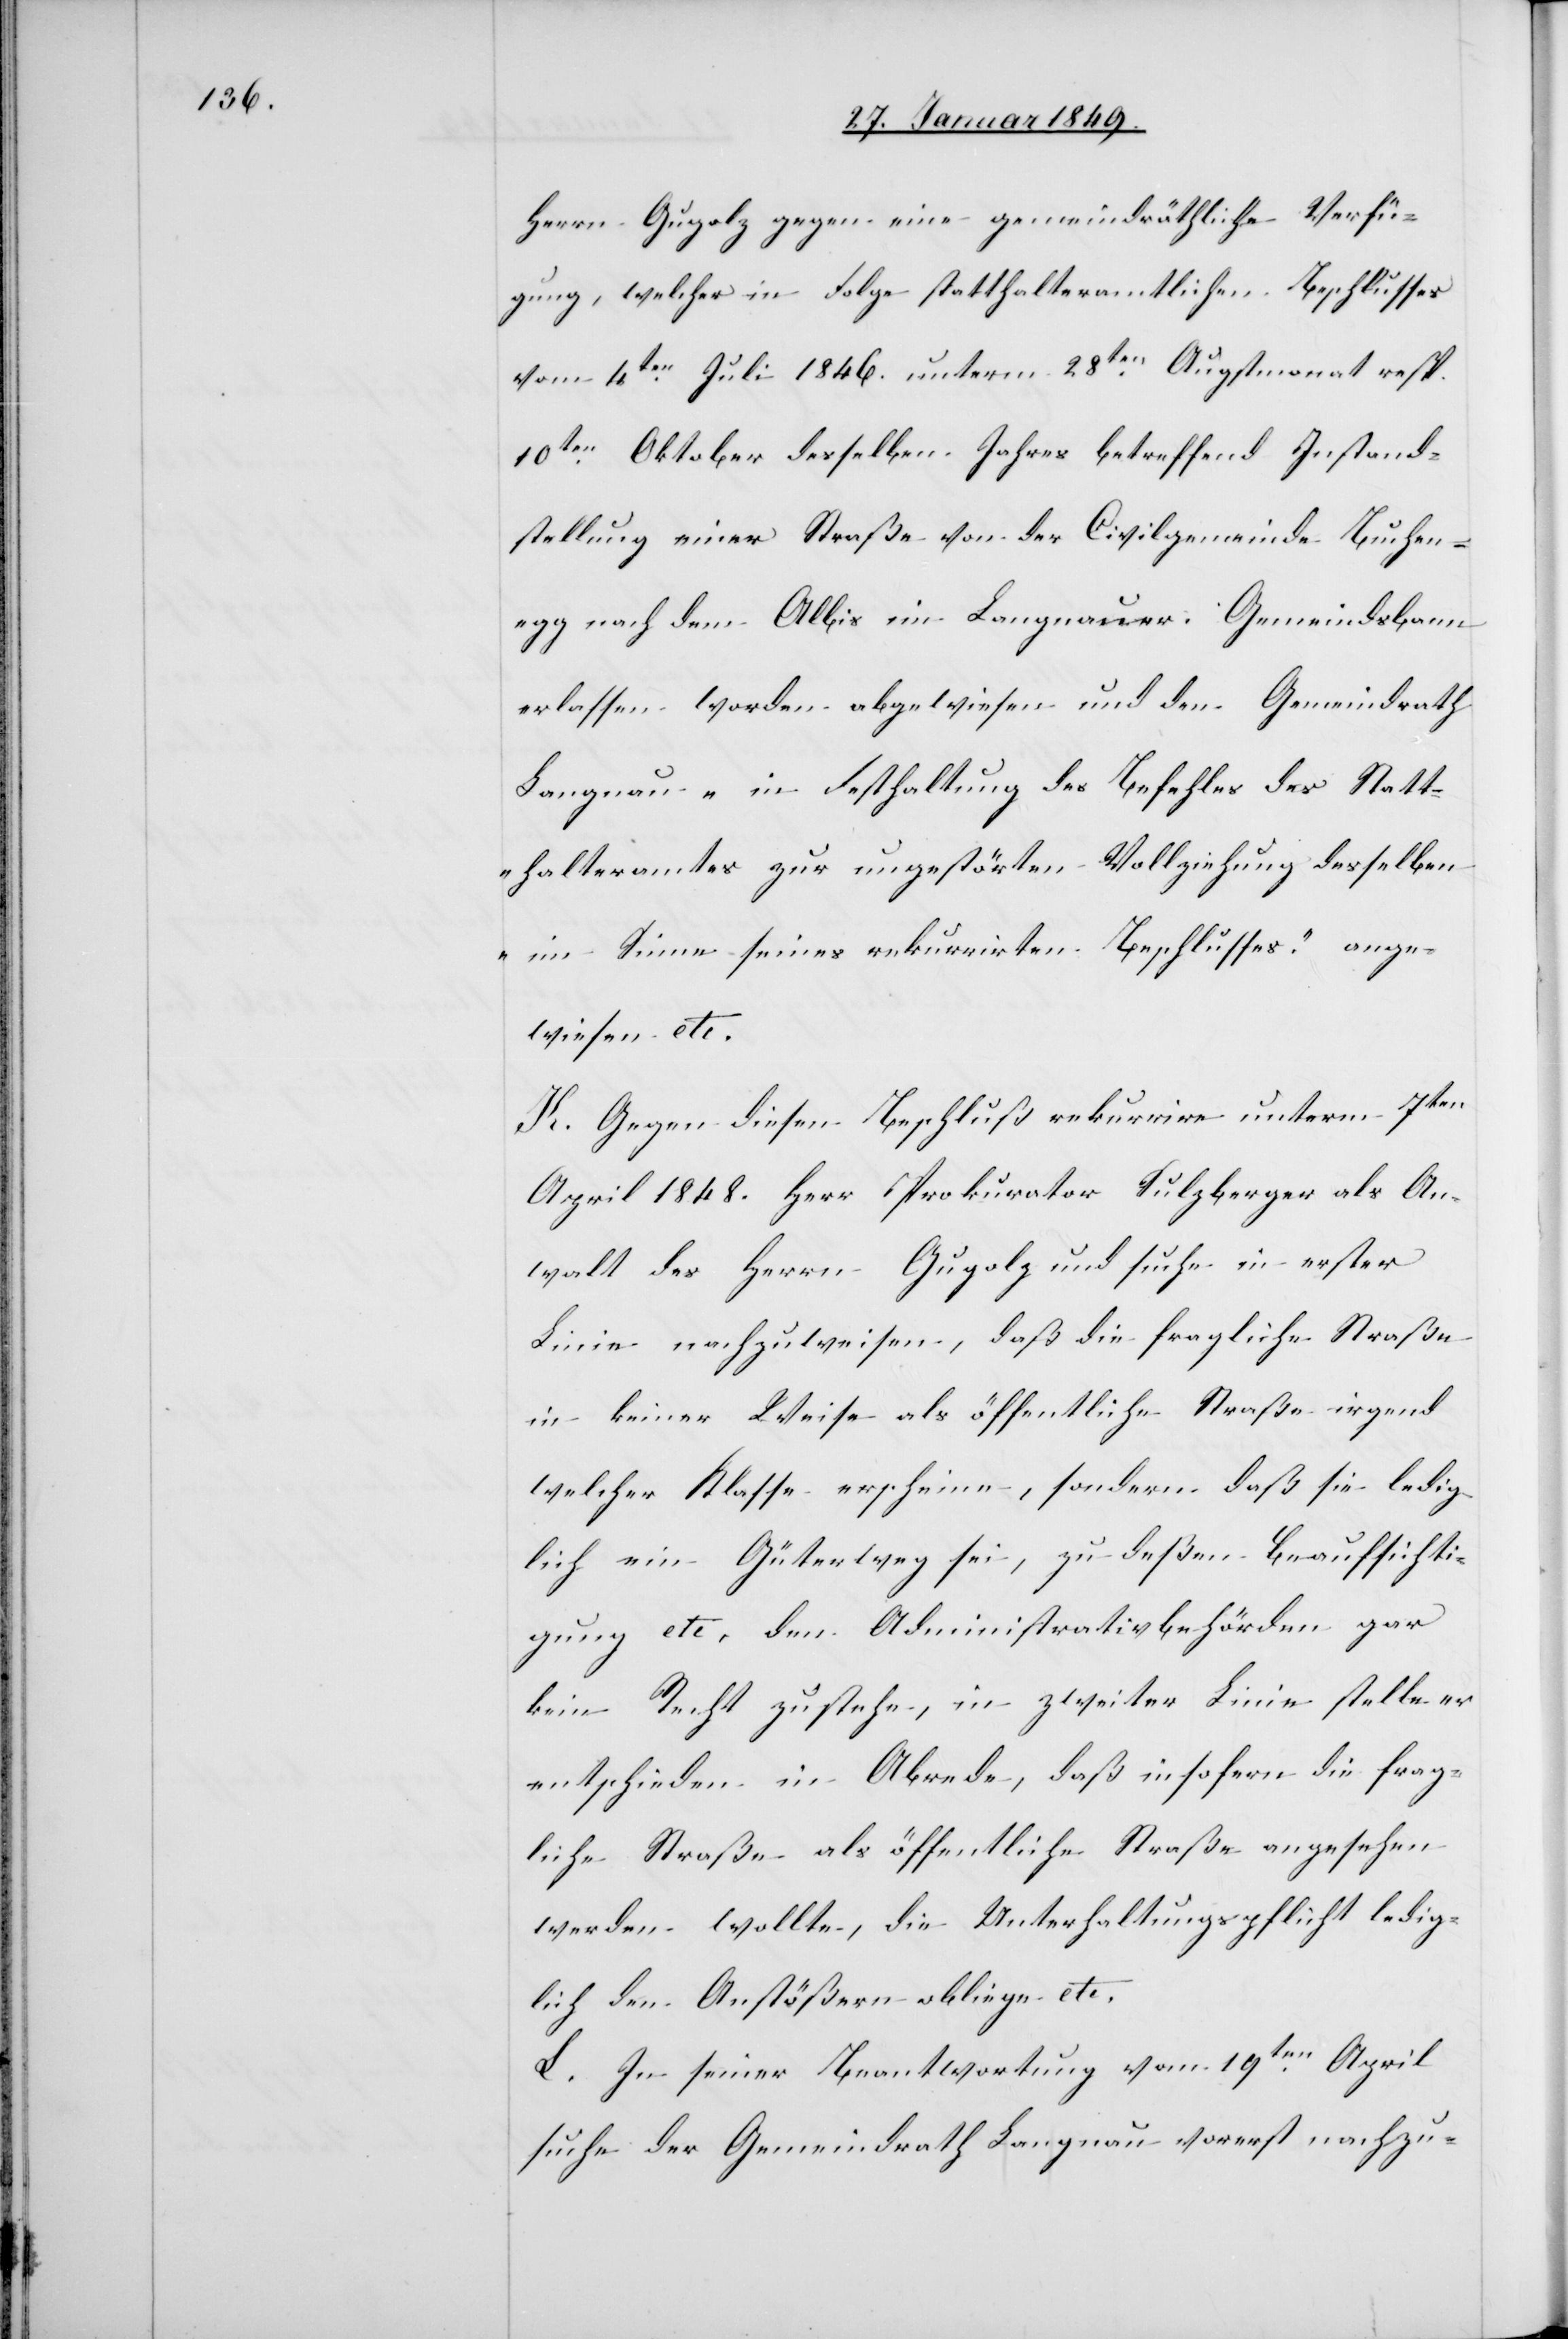
Herrn Gugolz gegen eine gemeindräthliche Verfü¬
gung, welcher in Folge statthalteramtlichen Beschlusses
vom 4ten. Juli 1846. unterm 28ten. Augstmonat resp.
10ten. Oktober desselben Jahres betreffend Instand¬
stellung einer Straße von der Civilgemeinde Buchen¬
egg nach dem Albis im Langnauer. Gemeindsbann
erlassen worden abgewiesen und den Gemeindrath
Langnau „in Festhaltung des Befehles des Statt¬
halteramtes zur ungestörten Vollziehung desselben
im Sinne seines rekurrirten Beschlusses.“ ange¬
wiesen etc.
K. Gegen diesen Beschluß rekurrire unterm 7ten.
April 1848. Herr Prokurator Sulzberger als An¬
walt des Herrn Gugolz und suche in erster
Linie nachzuweisen, daß die fragliche Straße
in keiner Weise als öffentliche Straße irgend
welcher Klaße erscheine, sondern daß sie ledig¬
lich ein Güterweg sei, zu deßen Beaufsichti¬
gung etc. den Administrativbehörden gar
kein Recht zustehe, in zweiter Linie stelle er
entschieden in Abrede, daß insofern die frag¬
liche Straße als öffentliche Straße angesehen
werden wollte, die Unterhaltungspflicht ledig¬
lich den Anstößern obliege etc.
L. In seiner Beantwortung vom 19ten. April
suche der Gemeindrath Langnau vorerst nachzu-